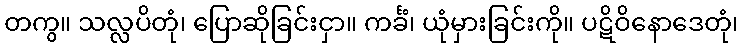
တကွ။ သလ္လပိတုံ၊ ပြောဆိုခြင်းငှာ။ ကင်္ခံ၊ ယုံမှားခြင်းကို။ ပဋိဝိနောဒေတုံ၊